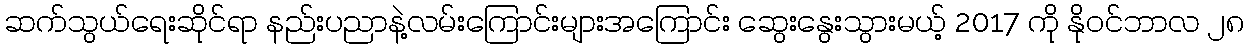
ဆက်သွယ်ရေးဆိုင်ရာ နည်းပညာနဲ့လမ်းကြောင်းများအကြောင်း ဆွေးနွေးသွားမယ့် 2017 ကို နိုဝင်ဘာလ ၂၈